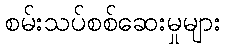
စမ်းသပ်စစ်ဆေးမှုများ